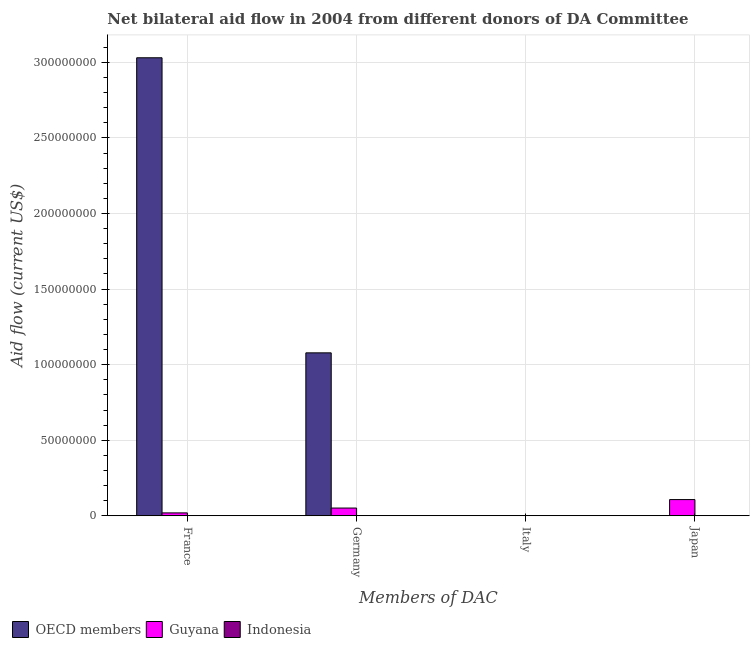
| Members of DAC | OECD members | Guyana | Indonesia |
 | --- | --- | --- | --- |
 | France | 3.03e+08 | 1.92e+06 | -2.82e+07 |
 | Germany | 1.08e+08 | 5.12e+06 | -8.59e+06 |
 | Italy | -5.29e+06 | 2e+04 | -1.64e+07 |
 | Japan | -7.95e+07 | 1.07e+07 | -3.19e+08 |